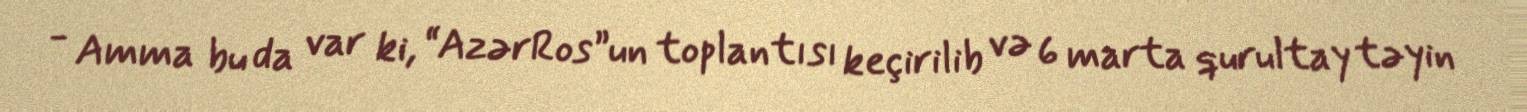
- Amma bu da var ki, “AzərRos”un toplantısı keçirilib və 6 marta qurultay təyin